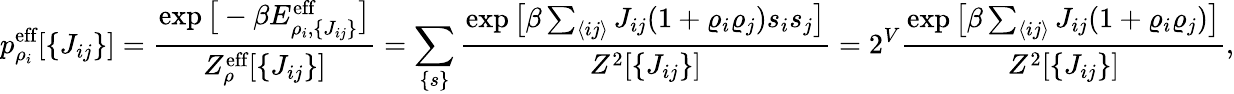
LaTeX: p_{\rho_{i}}^{\textrm{eff}}[\lbrace J_{ij}\rbrace]=\frac{\exp\big[-\beta E_{\rho_{i},\lbrace J_{ij}\rbrace}^{\textrm{eff}}\big]}{Z_{\rho}^{\textrm{eff}}[\lbrace J_{ij}\rbrace]}=\sum_{\lbrace s\rbrace}\frac{\exp\big[\beta\sum_{\langle ij\rangle}J_{ij}(1+\varrho_{i}\varrho_{j})s_{i}s_{j}\big]}{Z^{2}[\lbrace J_{ij}\rbrace]}=2^{V}\frac{\exp\big[\beta\sum_{\langle ij\rangle}J_{ij}(1+\varrho_{i}\varrho_{j})\big]}{Z^{2}[\lbrace J_{ij}\rbrace]},